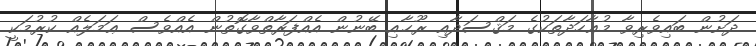
ދަށުން ބައިވެރިވާ މުޢާހަދާތަކުގެ މަޤްސަދާއި ރޫޙާއި ބޭނުން އެއްފަރާތްވާގޮތުން އެއްވެސް ޢަމަލެއް ކުރުމަކީ